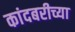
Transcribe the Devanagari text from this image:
कांदबरीच्या